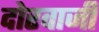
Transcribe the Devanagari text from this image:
दोरवाजी